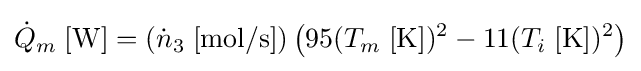
{\dot {Q}}_{m}\;[{\text{W}}]=\left({\dot {n}}_{3}\;[{\text{mol/s}}]\right)\left(95(T_{m}\;[{\text{K}}])^{2}-11(T_{i}\;[{\text{K}}])^{2}\right)